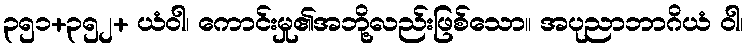
၃၅၁+၃၅၂+ ယံဝါ၊ ကောင်းမှု၏အဘို့လည်းဖြစ်သော။ အပုညာဘာဂိယံ ဝါ၊